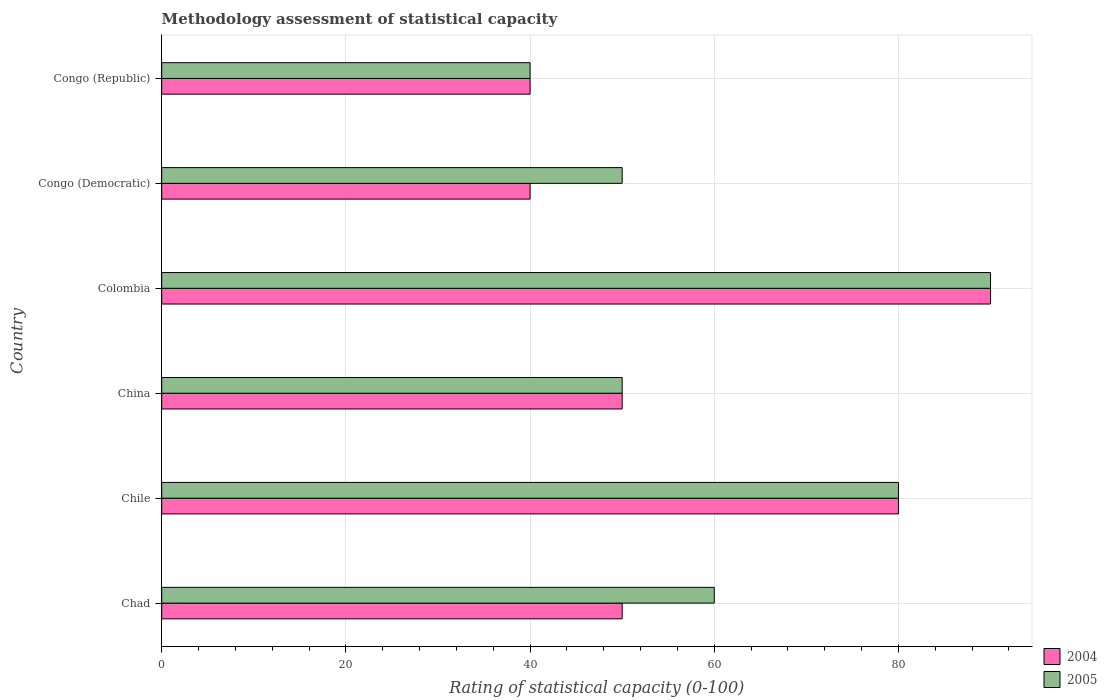
| Country | 2004 | 2005 |
 | --- | --- | --- |
 | Chad | 50 | 60 |
 | Chile | 80 | 80 |
 | China | 50 | 50 |
 | Colombia | 90 | 90 |
 | Congo (Democratic) | 40 | 50 |
 | Congo (Republic) | 40 | 40 |